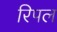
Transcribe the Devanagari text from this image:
रिपल